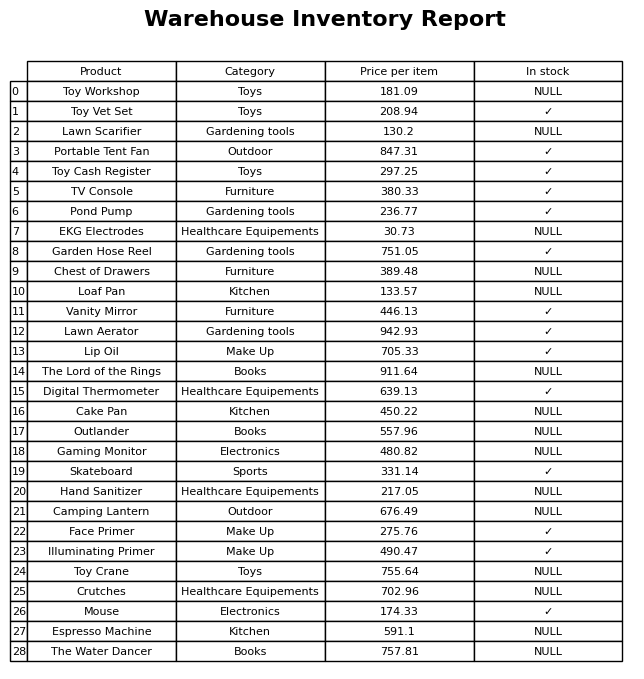
question: What is the price of the Toy Vet Set?
answer: The price of Toy Vet Set is 208.94.